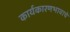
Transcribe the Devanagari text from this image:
कार्यकारणभावाचे